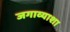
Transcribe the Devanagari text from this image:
जगाव्याशा